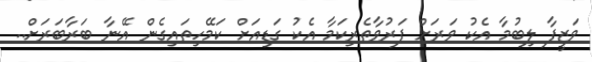
ވަޒީފާ ލިބުމާ އެކު ވަރަށް ފަރުވާތެރިކަމާ އެކު ގަޑިއަށް ކަމޭހިތައިގެން އޭނާ ބަރާބަރަށް..